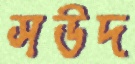
সউদ